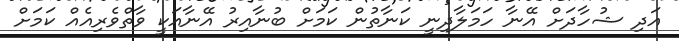
އަދި ޝުހާދަށް އޭނާ ހަމަލާދިނީ ކަނާތުން ކަމަށް ބުނާއިރު އޭނާއަކީ ވާތްވެރިއެއް ކަމަށް